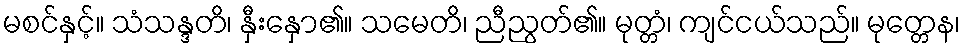
မစင်နှင့်။ သံသန္ဒတိ၊ နှီးနှော၏။ သမေတိ၊ ညီညွတ်၏။ မုတ္တံ၊ ကျင်ငယ်သည်။ မုတ္တေန၊